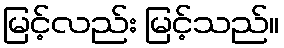
မြင့်လည်း မြင့်သည်။